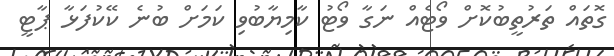
ގޮތައް ތަރުތީބުކޮށް ވޯޓެއް ނަގާ ވޯޓު ކާމިޔާބުވި ކަމަށް ބުނެ ކޭކުފަޅާ ޕާޓީ